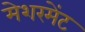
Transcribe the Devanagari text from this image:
मेशरमेंट